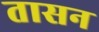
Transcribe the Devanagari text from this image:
तासन